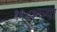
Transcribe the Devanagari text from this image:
११८३च्या